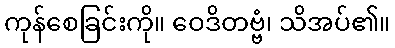
ကုန်စေခြင်းကို။ ဝေဒိတဗ္ဗံ၊ သိအပ်၏။